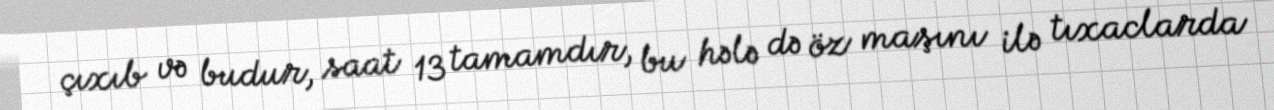
çıxıb və budur, saat 13 tamamdır, bu hələ də öz maşını ilə tıxaclarda